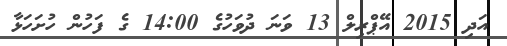
އަދި 2015 އޭޕްރިލް 13 ވަނަ ދުވަހުގެ 14:00 ގެ ފަހުން ހުށަހަޅާ